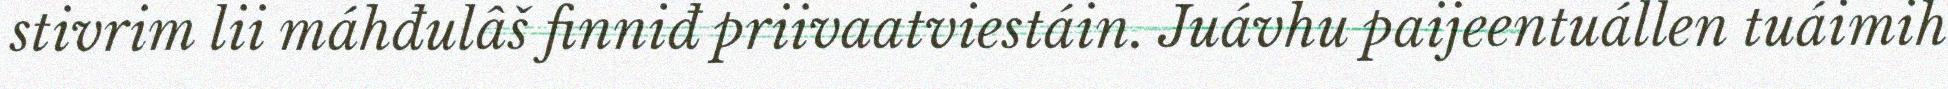
stivrim lii máhđulâš finniđ priivaatviestáin. Juávhu paijeentuállen tuáimih